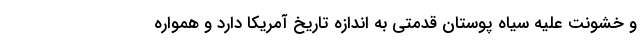
و خشونت علیه سیاه پوستان قدمتی به اندازه تاریخ آمریکا دارد و همواره